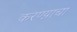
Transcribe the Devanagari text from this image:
करण्य़ाचा